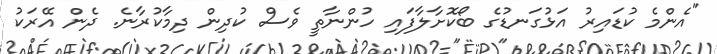
"އެންމެ ކުޑައިރު އަޅުގަނޑުގެ ބޯކޮށާލާފައި ހުންނާތީ ވެސް ކުދިން ދިމާކުރާނެ. ދެން އޭރަކު